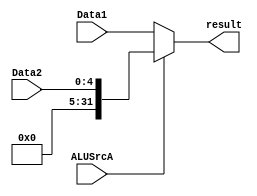
module ALU_A_MUX(
    input ALUSrcA,
    input [31:0]Data1,      //ԼĴ
    input [4:0]Data2,      //saֻ5λҪ0չ
    output [31:0]result
    );  
    assign result = (ALUSrcA == 0 ? Data1 : {{27{0}}, Data2[4:0]});
endmodule